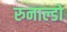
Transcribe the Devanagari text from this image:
रुनाल्डो